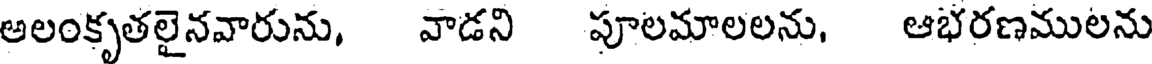
అలంకృతలైనవారును, వాడని పూలమాలలను, ఆభరణములను